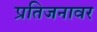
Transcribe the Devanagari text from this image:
प्रतिजनावर